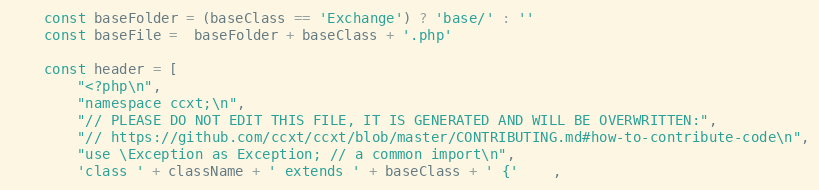
Language: JavaScript
    const baseFolder = (baseClass == 'Exchange') ? 'base/' : ''
    const baseFile =  baseFolder + baseClass + '.php'

    const header = [
        "<?php\n",
        "namespace ccxt;\n",
        "// PLEASE DO NOT EDIT THIS FILE, IT IS GENERATED AND WILL BE OVERWRITTEN:",
        "// https://github.com/ccxt/ccxt/blob/master/CONTRIBUTING.md#how-to-contribute-code\n",
        "use \Exception as Exception; // a common import\n",
        'class ' + className + ' extends ' + baseClass + ' {'    ,